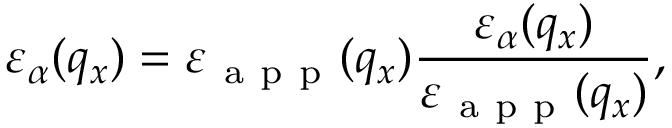
{ { \varepsilon } _ { \alpha } } ( { { q } _ { x } } ) = { { \varepsilon } _ { \mathrm { ~ a ~ p ~ p ~ } } } ( { { q } _ { x } } ) \frac { { { \varepsilon } _ { \alpha } } ( { { q } _ { x } } ) } { { { \varepsilon } _ { \mathrm { ~ a ~ p ~ p ~ } } } ( { { q } _ { x } } ) } ,